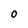
Character: O